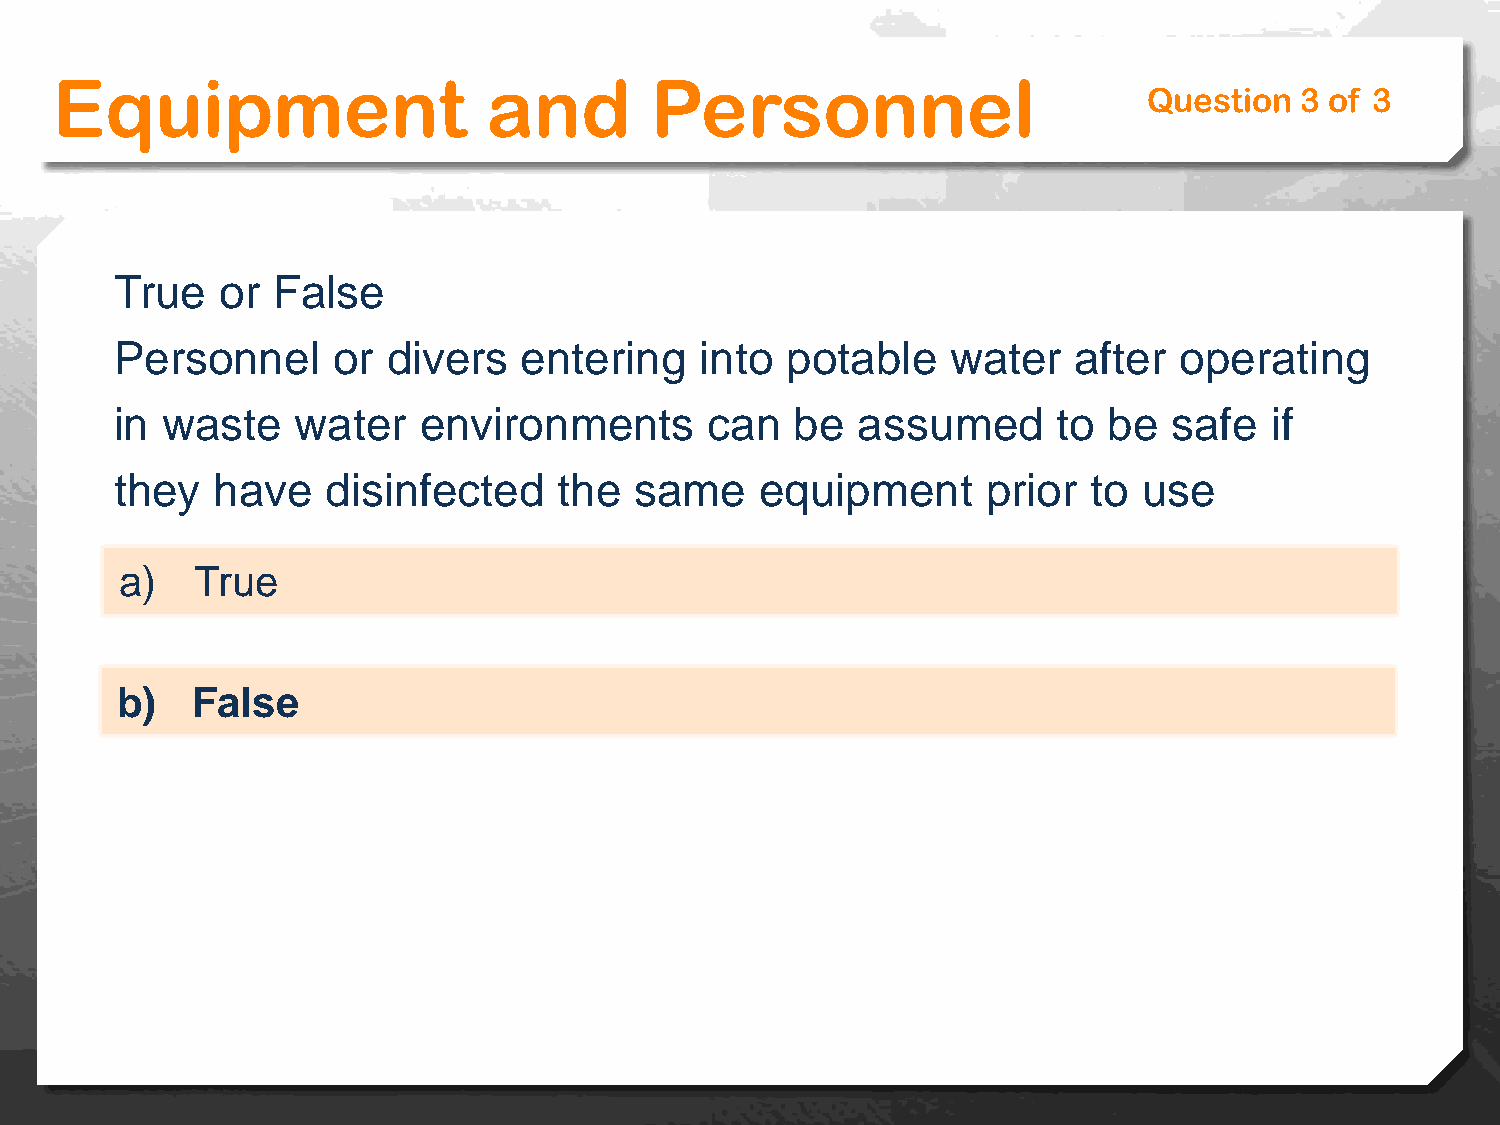
Equipment                    and        Personnel
 Question  3 of 3
 True   or False
 Personnel     or  divers   entering   into  potable    water   after  operating
 in waste    water   environments       can   be  assumed      to be   safe  if
 they  have    disinfected    the  same    equipment      prior  to  use
 a)   True
 b)   False